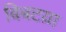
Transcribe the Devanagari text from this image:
बिबटय़ा